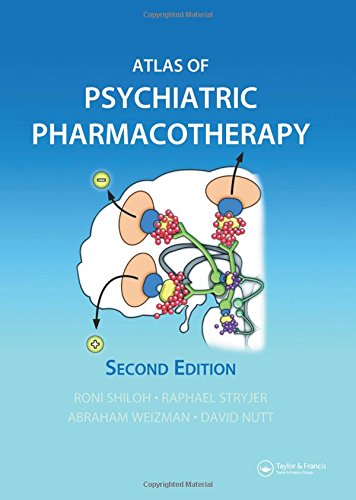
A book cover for Atlas of Psychiatric Pharmacotherapy, Second Edition; Roni Shiloh; Medical Books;